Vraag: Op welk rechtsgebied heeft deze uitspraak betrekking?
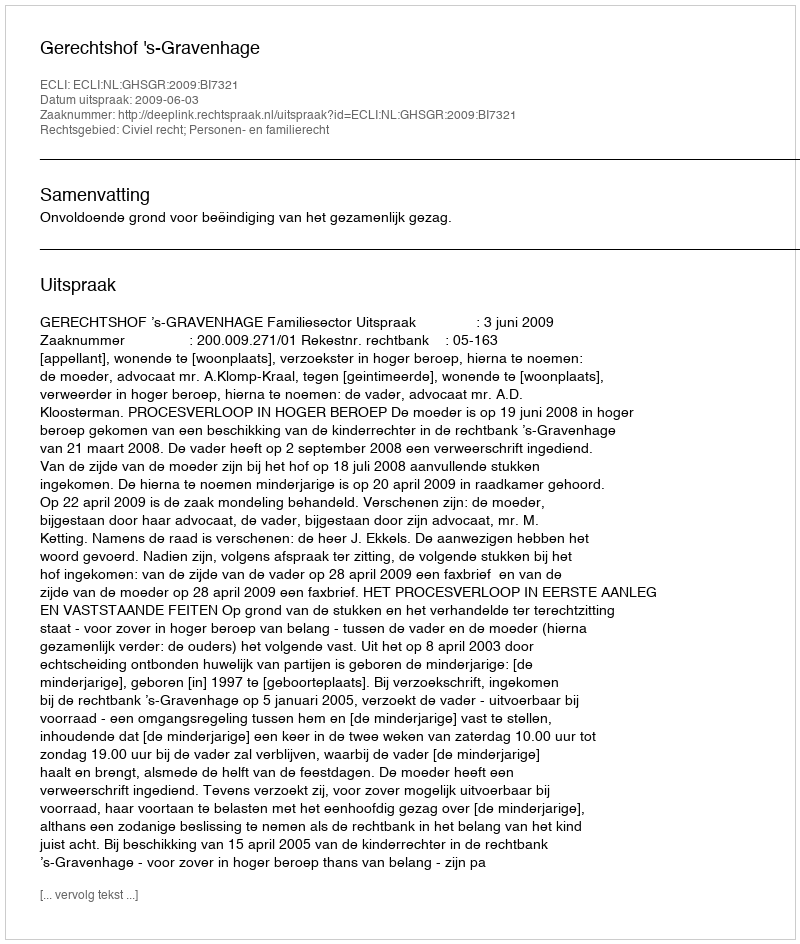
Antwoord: Civiel recht; Personen- en familierecht